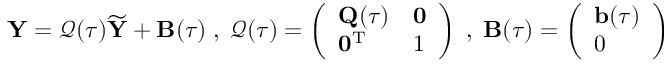
{ \mathbf Y } = \boldsymbol { \mathcal Q ( \tau ) } \widetilde { { \mathbf Y } } + { \mathbf B } ( \tau ) \; , \; \boldsymbol { \mathcal Q } ( \tau ) = \left( \begin{array} { l l } { { \mathbf Q } ( \tau ) } & { { \mathbf 0 } } \\ { { \mathbf 0 } ^ { { \mathrm T } } } & { 1 } \end{array} \right) \; , \; { \mathbf B } ( \tau ) = \left( \begin{array} { l } { { \mathbf b } ( \tau ) } \\ { 0 } \end{array} \right)